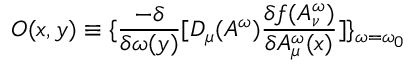
O ( x , y ) \equiv \{ \frac { - \delta } { \delta \omega ( y ) } [ D _ { \mu } ( A ^ { \omega } ) \frac { \delta f ( A _ { \nu } ^ { \omega } ) } { \delta A _ { \mu } ^ { \omega } ( x ) } ] \} _ { \omega = \omega _ { 0 } }